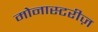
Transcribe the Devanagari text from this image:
मोनास्टरीज़